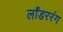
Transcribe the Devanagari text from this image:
लाँडररंग